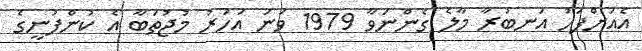
އެއަށްފަހު އަނބުރާ މާލެ ގެންނަވާ 1979 ވަނަ އަހަރު މުޖުތަބާ އެ ކުންފުނީގެ